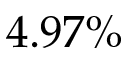
4 . 9 7 \%